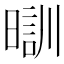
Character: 𣉤